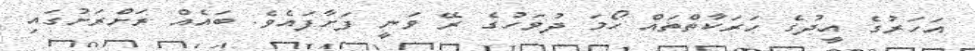
އަހަރުގެ އީދުގެ ހަރަކާތްތައް ހޯމަ ދުވަހުގެ ރޭ ވަނީ ފަށާފައެވެ. ބައެއް ރަށްރަށުގައި